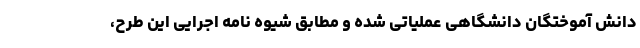
دانش آموختگان دانشگاهی عملیاتی شده و مطابق شیوه نامه اجرایی این طرح،